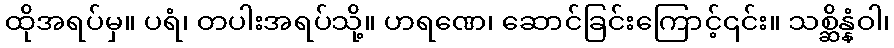
ထိုအရပ်မှ။ ပရံ၊ တပါးအရပ်သို့။ ဟရဏေ၊ ဆောင်ခြင်းကြောင့်၎င်း။ သစ္ဆိန္နံဝါ၊